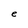
Character: e